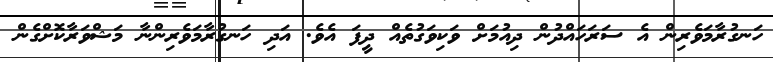
ހަނގުރާމަވެރިން އެ ސަރަހައްދުން ދިއުމަށް ވަކިވަގުތެއް ދީފަ އެވެ. އަދި ހަނގުރާމަވެރިންނާ މަޝްވަރާކޮށްގެން